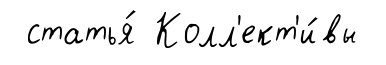
статья́ Колл'ект'и́вы